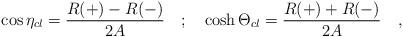
LaTeX: \begin{align*}\cos \eta _{cl}=\frac{R(+)-R(-)}{2A}\quad ;\quad \cosh \Theta _{cl}=\frac{R(+)+R(-)}{2A}\quad ,\end{align*}